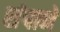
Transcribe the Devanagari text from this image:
संपाने